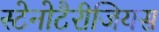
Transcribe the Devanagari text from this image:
स्टेनोटैरीजियस